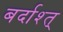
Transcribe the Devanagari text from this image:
बर्दाश्त्